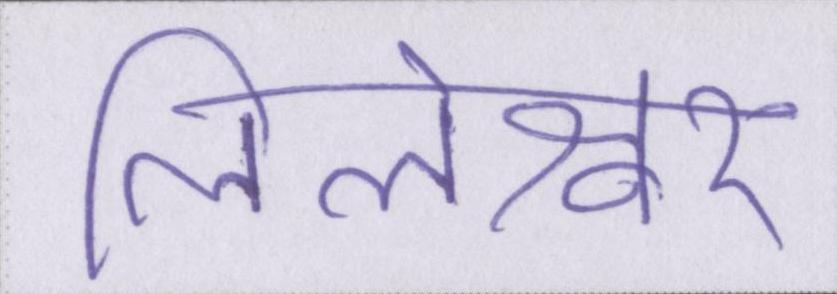
लिलेश्वर